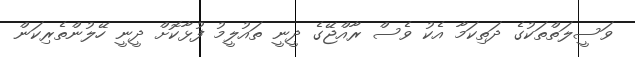
ވަސީލަތްތަކުގެ ދަތިކަމާ އެކު ވެސް ރާއްޖޭގެ ދީނީ ތައުލީމު ފުޅާކޮށް ދީނީ ހޭލުންތެރިކަން